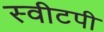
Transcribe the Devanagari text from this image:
स्वीटपी